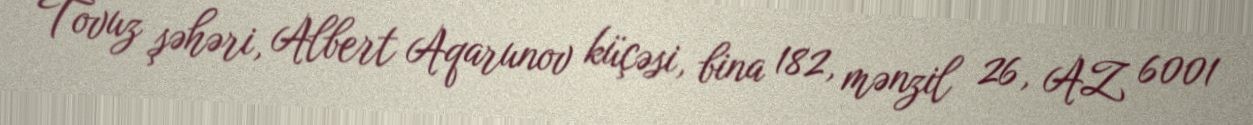
Tovuz şəhəri, Albert Aqarunov küçəsi, bina 182, mənzil 26, AZ 6001